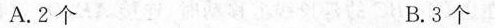
A.2个 B.3个